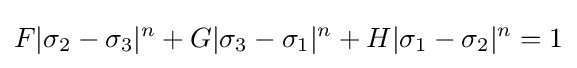
F|\sigma _{2}-\sigma _{3}|^{n}+G|\sigma _{3}-\sigma _{1}|^{n}+H|\sigma _{1}-\sigma _{2}|^{n}=1